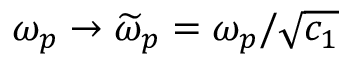
\omega _ { p } \rightarrow \widetilde { \omega } _ { p } = \omega _ { p } / \sqrt { c _ { 1 } }